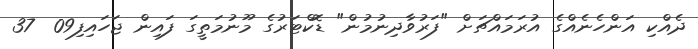
ދެއްކި އަންހެނެއްގެ އުރަމައްޗަށް "ފަރުވާދިނުމުން" ޑޮކްޓަރުގެ މޫނުމަތީގަ ފައިން ޖަހައިފި09  37